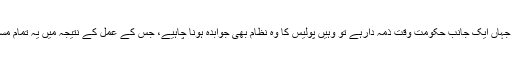
اس پورے عمل میں جہاں ایک جانب حکومت وقت ذمہ دارہے تو وہیں پولیس کا وہ نظام بھی جوابدہ ہونا چاہیے، جس کے عمل کے نتیجہ میں یہ تمام مسائل سامنے آتے ہیں۔